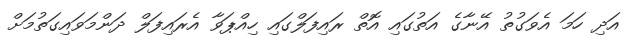
އަދި ހަމަ އެވަގުތު އޭނާގެ އަތުގައި އޮތް ރައިފަލްގައި ހިއްޕަވާ އެރައިފަލް ދަންމަވައިގަތުމަށް